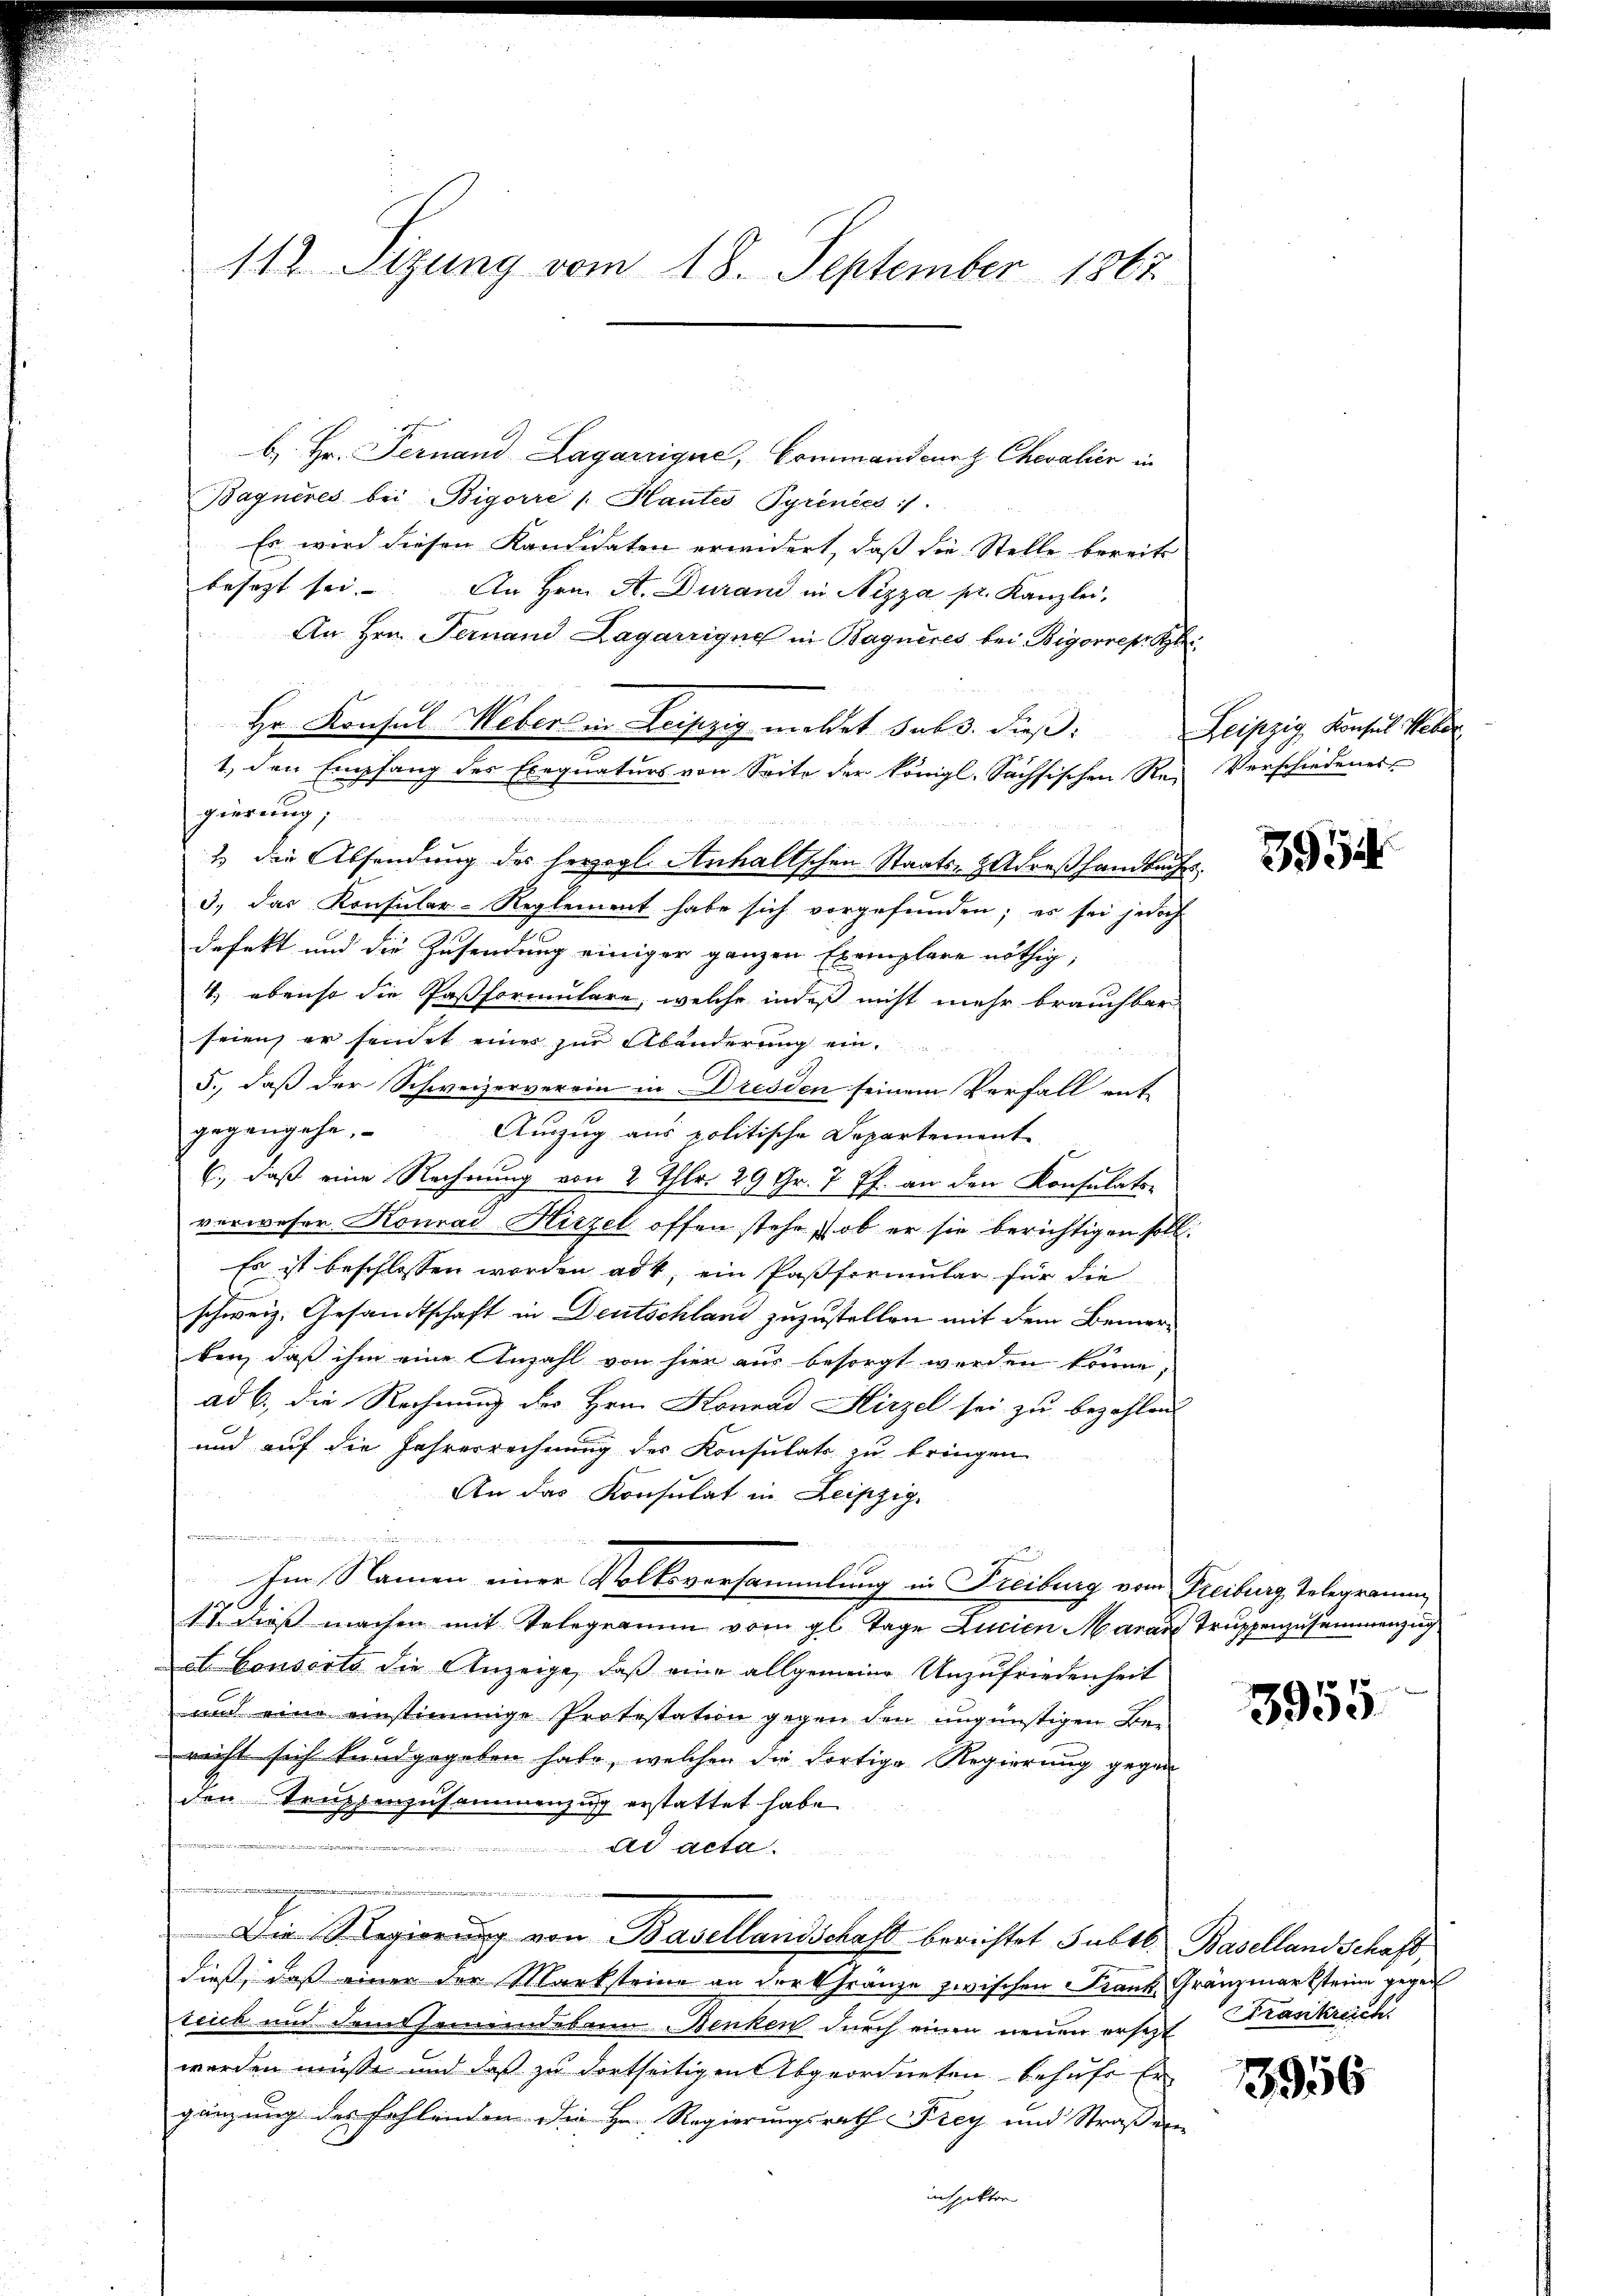
113 Sizung vom 18. September 1867

b. Hr. Fernand Lagarzique, Commandenz Chevalier in
Bagneres bei Bigarre /: Hautes Pyrenées :/.
Es wird diesen Kandidaten erwidert, daß die Stelle bereits
besezt sei. An Hrn. A. Durand in Nizza pr. Kanzlei,
An Hrn. Fernand Lagarrigue in Bagneres bei Bigarrepe Klei
Hr. Konsul Weber in Leipzig meldet sub 3. dieß:
1., den Empfang des Exequaturs von Seite der königl. Sachsischen Rei Verschiedenes
gierung,
2 die Absendung des herzogl. Anhaltschen Staats-Gadreßhandbuches
3) das Konsular-Reglement habe sich vorgefunden; es sei jedoch
defekt und die Zusendung einiger ganzen Exemplare nöthig,
1., ebenso die Pastformulare, welche indeß nicht mehr brauchbar
seien, er sendet einer zur Abänderung ein¬
5., daß der Schweizerverein in Dresden seinem Verfall ent-
gegangehe. Auszug aus politische Departernente
6., daß eine Rechnung von 2 Thlr. 29 Gr. 7 ff. an den Konsulats-
verweser Konrad Hirzel offen stehe, ob er sie berichtigen soll.
Es ist beschlossen worden ad 1, ein Paßformular für die
schweiz. Gesandtschaft in Deutschland zuzustellen mit dem Bemerken, daß ihm eine Anzahl von hier aus besorgt werden könne,
ad b., die Rechnung des Hrn. Konrad Hirzel sei zu bezahlen
und auf die Jahresrechnung des Konsulats zu bringen
An das Konsulat in Leipzig.
e

e
Im Namen einer Volksversammlung in Freibung vom Freiburg, Telegramm
17. dieß machen mit Telegramm vom gl. Tage Lucian Aarau Truppenzusammenzug
A. Consorts die Anzeige, daß eine allgemeine Unzufriedenheit
aud eine einstimmige Protestation gegen den ungünstigen Berecht sich kundgegeben habe, welchen die dortige Regierung gegen
den Truppenzusammenzug erstattet habe.
Ad acta
i

 Die Regierung von Basellandschaft berichtet Subtl. Baselland Schaft,
dieß, daß einer der Marksteine an der Gränze zwischen Frank Gränzmarksteine gegent
teick und Samtsamendeben Benken durch einen neuen ersetzt
werden müsse und daß zu dortseitigen Abgeordneten behufs Er
gänzung des fehlenden die Hr. Regierungsrath Frey und Straßen
inspektor

Leipzig Konsul Weber

3954

3955

Frankreich.

3956